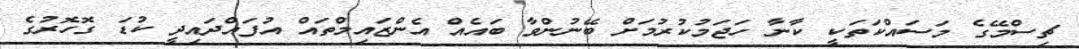
ޗިސްމޭގެ މަސައްކަތަކީ ކާނާ ހަޖަމުކުރުމަށް ބޭނުންވާ ބައެއް އެންޒައިމްތައް އުފައްދައިދީ ކުޑަ ގޮހޮރުގެ